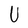
Character: U